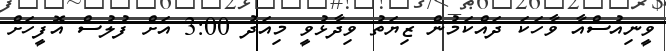
ވީނިއުސްއާ ވާހަކަ ދައްކަމުން ޒިޔަތު ވިދާޅުވީ މިއަދު 3:00 އަށް ފުލުސް އޮފީހަށް